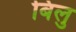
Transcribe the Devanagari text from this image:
बिलु